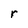
Character: r